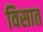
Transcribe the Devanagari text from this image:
विसात